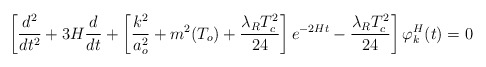
\begin{align*}\left[ \frac{d^2}{dt^2}+3H\frac{d}{dt}+\left[\frac{k^2}{a_o^2}+m^2(T_o)+\frac{\lambda_R T^2_c}{24}\right]e^{-2Ht}-\frac{\lambda_R T^2_c}{24}\right]\varphi^H_k(t) = 0 \end{align*}